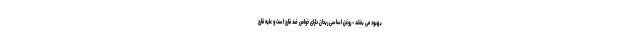
بهبود می بخشد - روغن اساسی ریحان دارای خواص ضد قارچ است و علیه قارچ